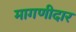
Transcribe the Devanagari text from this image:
मागणीदार